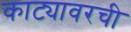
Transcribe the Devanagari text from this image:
काट्यावरची